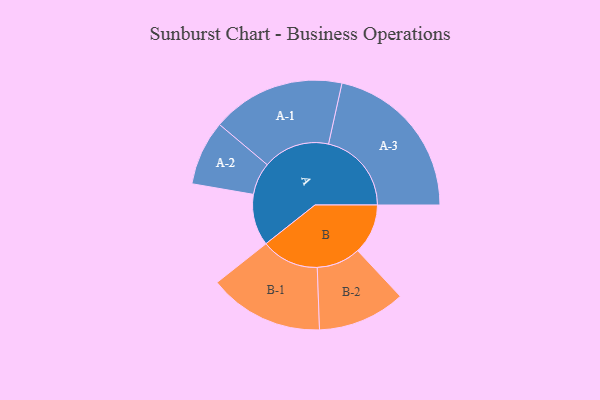
{"axis": {"x": "Segment", "y": "Value"}, "legend": ["", "A", "B"], "data": [{"x": "A", "y": 162, "type": ""}, {"x": "B", "y": 158, "type": ""}, {"x": "A-1", "y": 210, "type": "A"}, {"x": "A-2", "y": 102, "type": "A"}, {"x": "A-3", "y": 261, "type": "A"}, {"x": "B-1", "y": 181, "type": "B"}, {"x": "B-2", "y": 138, "type": "B"}]}